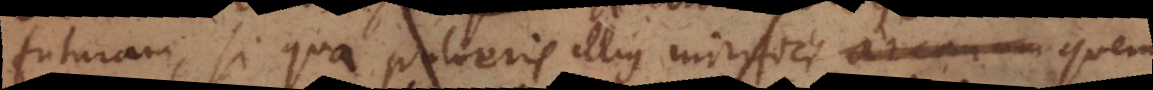
futuram, si qua pulveris illius mirifici arcanum